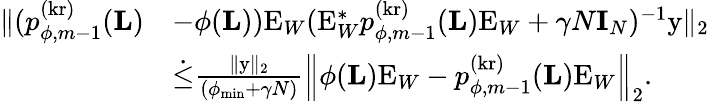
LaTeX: \begin{array}{rl}{\| (p_{\phi,m-1}^{(\mathrm{kr})}(\mathbf{L})}&{-\phi(\mathbf{L}))\mathrm{E}_{W}(\mathrm{E}_{W}^{*}p_{\phi,m-1}^{(\mathrm{kr})}(\mathbf{L})\mathrm{E}_{W}+\gamma N\mathbf{I}_{N})^{-1}\mathrm{y}\| _{2}}\\ &{\dot{\leq}\frac{\| \mathrm{y}\| _{2}}{(\phi_{\operatorname*{min}}+\gamma N)}\left\| \phi(\mathbf{L})\mathrm{E}_{W}-p_{\phi,m-1}^{(\mathrm{kr})}(\mathbf{L})\mathrm{E}_{W}\right\| _{2}.}\end{array}